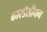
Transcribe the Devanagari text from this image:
कारडॅसीयन